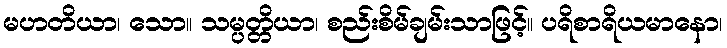
မဟတိယာ၊ သော။ သမ္ပတ္တိယာ၊ စည်းစိမ်ချမ်းသာဖြင့်။ ပရိစာရိယမာနော၊